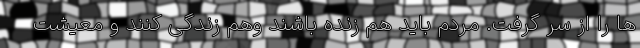
ها را از سر گرفت. مردم باید هم‌ زنده باشند وهم زندگی کنند و معیشت